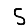
Digit: 5